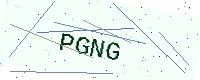
Text: PGNG